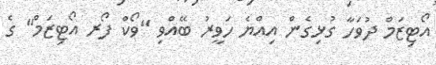
އޯޓިޒަމް ދުވަހާ ގުޅިގެން އިއްޔެ ހަވީރު ބޭއްވި "ވޯކް ފޯރ އޯޓިޒަމް" ގެ